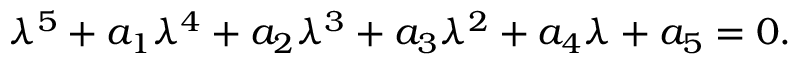
\lambda ^ { 5 } + a _ { 1 } \lambda ^ { 4 } + a _ { 2 } \lambda ^ { 3 } + a _ { 3 } \lambda ^ { 2 } + a _ { 4 } \lambda + a _ { 5 } = 0 .